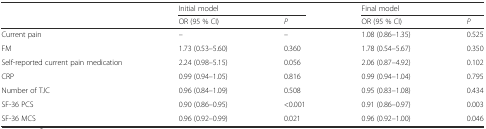
|  | <COLSPAN=2> Initial model | <COLSPAN=2> Final model |
 |  | OR (95 % CI) | P | OR (95 % CI) | P |
 | --- | --- | --- | --- | --- |
 | Current pain | – | – | 1.08 (0.86–1.35) | 0.525 |
 | FM | 1.73 (0.53–5.60) | 0.360 | 1.78 (0.54–5.67) | 0.350 |
 | Self-reported current pain medication | 2.24 (0.98–5.15) | 0.056 | 2.06 (0.87–4.92) | 0.102 |
 | CRP | 0.99 (0.94–1.05) | 0.816 | 0.99 (0.94–1.04) | 0.795 |
 | Number of TJC | 0.96 (0.84–1.09) | 0.508 | 0.95 (0.83–1.08) | 0.434 |
 | SF-36 PCS | 0.90 (0.86–0.95) | <0.001 | 0.91 (0.86–0.97) | 0.003 |
 | SF-36 MCS | 0.96 (0.92–0.99) | 0.021 | 0.96 (0.92–1.00) | 0.046 |